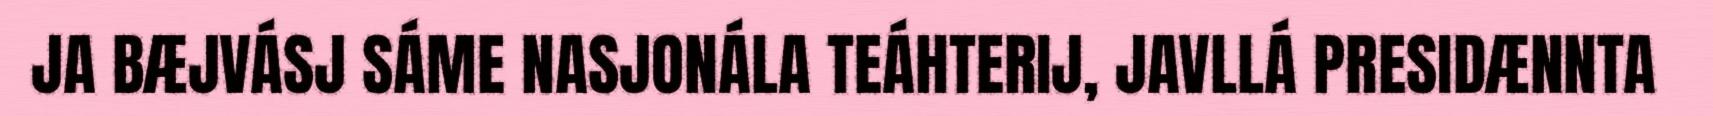
JA BÆJVÁSJ SÁME NASJONÁLA TEÁHTERIJ, JAVLLÁ PRESIDÆNNTA